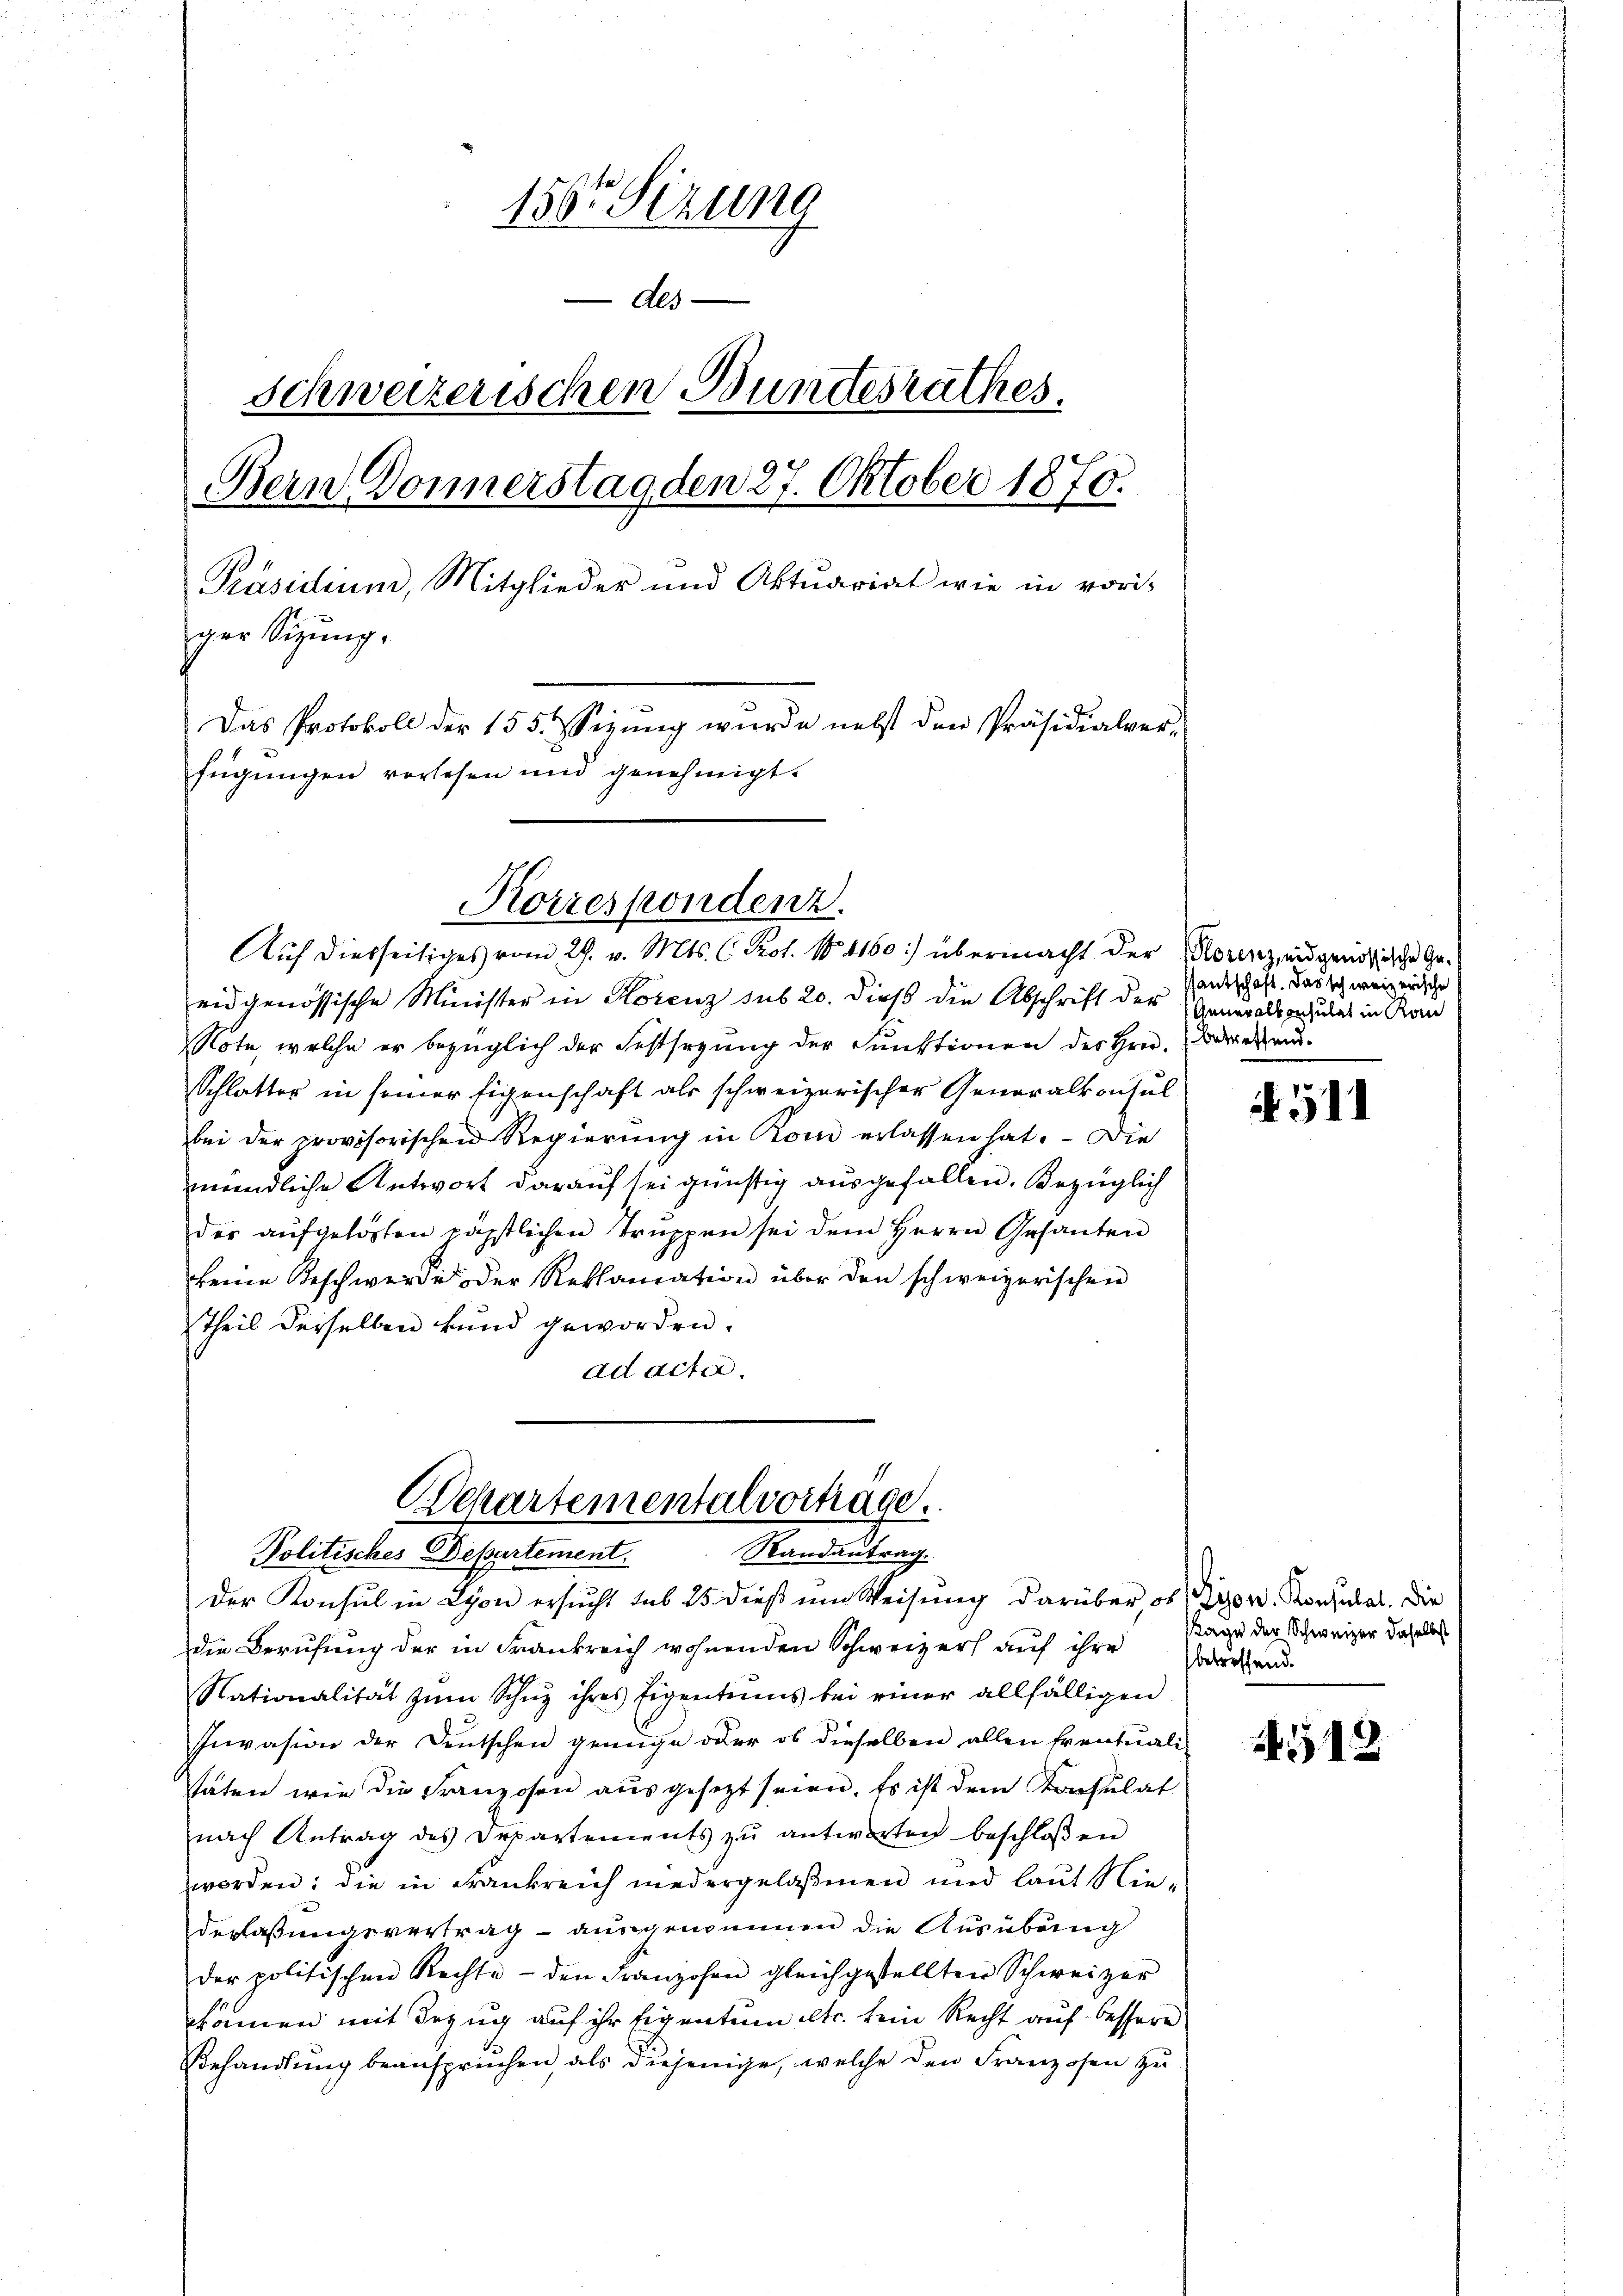
150r Sizung
Als
schweizerischen Bundesrathes.
Bern Donnerstag den 27. Oktober 1870.
Präsidium, Mitglieder und Aktuariat wie in vori-
ger Sitzung.
Das Protokoll der 155. Dezŭng wurde nebst den Präsidialver-
fügungen vorlesen und genehmigt.

Korrespondenz.
Auch diesseitiges vom 29. v. Mts. C. Prot. N. 1160:) übermacht der Morenz, eidgenößische Ge¬

eidgenössische Minister in Korenz sub 20. dieß die Abschrift der Generalserhudes in Kon
Note, welche er bezüglich der Festsezung der Funktionen des Hrn. Bereden.
Schlatter in seiner Eigenschaft als schweizerischer Generalkonsul
bei der provisorischen Regierŭng in Kom erlassen hat. – Die
mündliche Antwort darauf sei günstig ausgefallen. Bezüglich
der aŭfgelösten päpstlichen Trŭppen sei dem Herrn Gesanten
keine Beschwerde der Reklamation über den schweizerischen
Theil derselben kund geworden.
ad acter.
die Berufung der in Frankreich wohnenden Schweizer auf ihre Bedürfend
Nationalität zum Schuz ihres Eigentums bei einer allfälligen
Invasion der Deutschen genüge oder ob dieselben allen Eventuali-
taten wie die Franzosen ausgesetzt seien. Es ist dem Konsulat
nach Antrag des Departements zŭ antworten beschloßen
worden: die in Frankreich niedergelaßenen und laut Nie-
derlaßungsvertrag - ausgenommen die Ausübung
der politischen Rechte - den Franzosen gleichgestellten Schweizer
kämen mit Bezug auf ihr Eigentum etc. kein Recht auf bessere
Behandlung beansprüchen, als diejenige, welche den Franzosen zu

Departementalvortrage.
Randantrag.
Politisches Departement.
der Konsul in Lyon ersŭcht sub 25 dieβ im Weisŭng darüber, ob Zior. Konsulat. Die

antschaft. Das schweizerische

511

Kage der Schweizer daselbst

4512